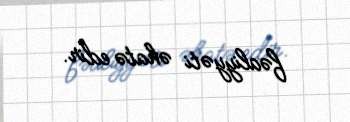
fəaliyyəti əhatə edir.